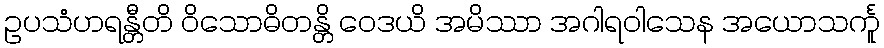
ဥပသံဟရန္တီတိ ဝိသောဓိတန္တိ ဝေဒယိ အမိဿာ အဂါရဝါသေန အယောသင်္ကူ